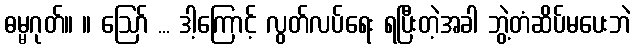
ဓမ္မဂုတ်။ ။ ဪ ... ဒါ့ကြောင့် လွတ်လပ်ရေး ရပြီးတဲ့အခါ ဘွဲ့တံဆိပ်မပေးဘဲ